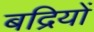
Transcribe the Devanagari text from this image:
बद्रियों